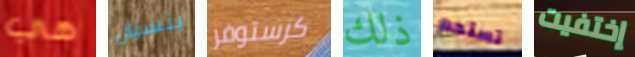
هي بنسيان كرستوفر ذلك تستحم إختفيت